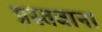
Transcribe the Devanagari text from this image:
प्रस्तवाना